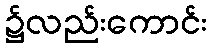
၌လည်းကောင်း